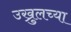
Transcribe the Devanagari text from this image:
उख्रुलच्या